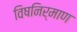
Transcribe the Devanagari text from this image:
विषनिर्माण